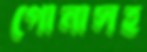
পোনাসহ